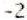
-2